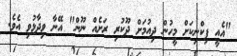
"އެއީ ޕިކްނިކަށް މީހުން ދިއުމަށް ދޫކުރި ރަށެއް ނޫން" އޭނާ ވިދާޅުވި އެވެ.